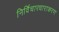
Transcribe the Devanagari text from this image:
निर्विचारधाराकरण